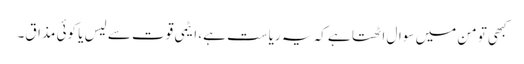
کبھی تو من میں سوال اٹھتا ہے کہ یہ ریاست ہے، ایٹمی قوت سے لیس یا کوئی مذاق۔